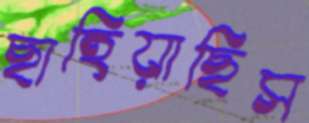
ছাহিয়াছিস